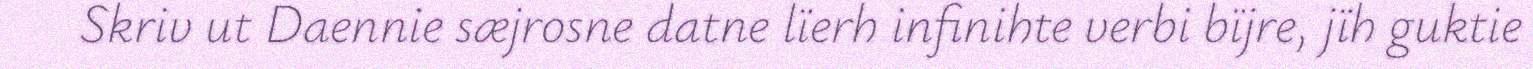
Skriv ut Daennie sæjrosne datne lïerh infinihte verbi bïjre, jïh guktie